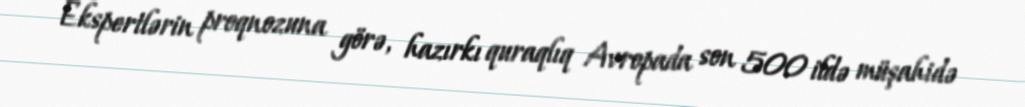
Ekspertlərin proqnozuna görə, hazırkı quraqlıq Avropada son 500 ildə müşahidə